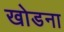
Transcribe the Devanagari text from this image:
खोडना